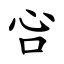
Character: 吢